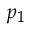
_ { p _ { 1 } }